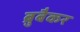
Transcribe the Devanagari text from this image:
ब्रुबैकर